Report on horse surra - Volume II, Part II
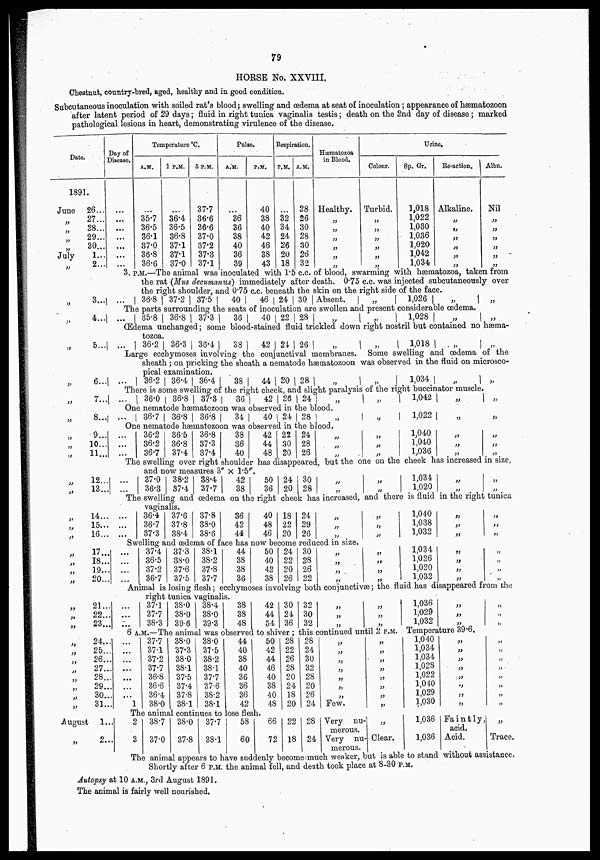
79
HORSE No. XXVIII.
Chestnut, country-bred, aged, healthy and in good condition.
Subcutaneous inoculation with soiled rat's blood; swelling and œdema at seat of inoculation ; appearance of hæmatozoon
after latent period of 29 days; fluid in right tunica vaginalis testis; death on the 2nd day of disease ; marked
pathological lesions in heart, demonstrating virulence of the disease.
Date.
1891.
June
„
„
„
„
July
„
„
„
„
„
„
„
„
„
„
„
„
„
„
„
„
„
„
„
„
„
„
„
„
„
„
„
„
August
„
26...
27...
28...
29...
30...
1...
2...
3...
4...
5...
6...
7..
8...
9...
10...
11...
12...
13...
14...
15...
16...
17...
18...
19...
20...
21...
22...
23...
24...
25...
26...
27...
28...
29...
30...
31...
1...
2...
Day of
Disease.
...
...
...
...
...
...
...
Temperature °C.
A.M.
...
35.7
36.5
36.1
37.0
36.8
36.6
1 P.M.
...
36.4
36.5
36.8
37.1
37.1
37.0
5 P.M.
37.7
36.6
36.6
37.0
37.2
37.8
37.1
Pulse.
A.M.
...
36
36
38
40
36
39
P.M.
40
38
40
42
46
38
43
Respiration.
P.M.
...
32
34
24
26
20
18
A.M.
28
26
30
28
30
26
32
Hæmatozoa
in Blood.
Healthy.
„
„
„
„
„
„
Urine.
Colour.
Turbid.
„
„
„
„
„
„
Sp. Gr.
1,018
1,022
1,030
1,036
1,020
1,042
1,034
Re-action.
Alkaline.
„
„
„
„
„
„
Albn.
Nil
„
„
„
„
„
„
3. P.M.—The animal was inoculated with 1.5 c.c. of blood, swarming with hæmatozoa, taken from
the rat (Mus decumanus) immediately after death. 0.75 c.c. was injected subcutaneously over
the right shoulder, and 0.75 c.c. beneath the skin on the right side of the face.
...
36.8 37.2 37.5
40
46 24 30 Absent.
„
1,026
„
„
The parts surrounding the seats of inoculation are swollen and present considerable œdema.
...
35.8 36.8
37.3
36
40 22 28
„
„
1,028
„
„
Œdema unchanged ; some blood.-stained. fluid trickled down right nostril but contained no hæma¬
tozoa.
...
36.2 36.3 36.4
38
42 24 26
„
„
1,018
„
„
Large ecchymoses involving the conjunctival membranes. Some swelling and œdema of the
sheath ; on pricking the sheath a nematode hæmatozoon was observed in the fluid on microsco-
pical examination.
...
36.2 36.4 36.4
38
44 20 28
„
„
1,034
„
„
There is some swelling of the right cheek, and slight paralysis of the right buccinator muscle.
...
36.0 36.8 37.3 36
42
26 24 „
„
1,042
„
„
One nematode hæmatozoon was observed in the blood.
...
36.7 36.8 36.8
34
40 24 28
One nematode hæmatozoon was observed in the blood.
...
....
...
36.2
36.2
36.7
36.5
36.8
37.4
36.8
37.3
37.4
38
36
40
42
44
48
The swelling over right shoulder has
22
30
20
24
28
26
disappeared
„
„
1,022
„
„
„
„
„
„
„
„
1,040
1,040
1,036
„
„
„
„
„
„
but the one on the cheek has increased in size,
and now measures 3" × 1.5".
...
...
37.0
36.3
38.2 | 38.4
37.4 | 37.7
42
38
50
36
24 | 30
20 | 28
„
„
„
„
1,034
1,020
„
„
„
„
The swelling and œdema on the right cheek has increased, and there is fluid in the right tunica
vaginalis.
...
...
...
36.4
36.7
37.3
37.6
37.8
384
37.8
38.0
38.6
36
42
44
40
48
46
18
22
20
24
29
26
„
„
„
„
„
„
1,040
1,038
1,032
„
„
„
„
„
„
Swelling and œdema of face has now become reduced in size.
....
...
...
...
37.4
36.5
37.2
36.7
37.8
38.0
37.6
37.5
38.1
38.2
37.8
37.7
44
38
38
36
50
40
42
38
24
22
20
26
30
28
26
22
„
„
„
„
„
„
„
1,034
1,026
1,020
1,032
„
„
„
„
„
„
„
„
Annual is losing flesh ; ecchymoses involving both conjunctivæ ; the fluid has disappeared from the
right tunica vaginalis.
...
...
...
37.1
37.7
38.3
38.0
38.0
39.6
38.4
38.0
39.3
38
38
48
42
44
54
30
24
36
32
30
32
„
„
„
„
„
„
1,030
1,029
1,032
„
„
„
„
„
„
6 A.M.—The animal was observed to shiver ; this continued until 2 P.M. Temperature 39.6.
...
...
...
...
1
37.7
37.1
37.2
37.7
36.8
36.6
36.4
38.0
38.0
37.3
38.0
38.1
37.5
37.4
37.8
38.1
38.0
37.5
38.2
38.1
37.7
37.6
38.2
38.1
The animal continues to
2
3
38.7
37.0
38.0
37.8
37.7
38.1
44
40
38
40
36
36
36
42
50
42
44
46
40
38
40
48
28
22
26
28
20
24
18
20
28
24
30
32
28
20
26
24
„
„
„
„
„
„
„
Few.
„
„
„
„
„
„
„
„
1,040
1,034
1,034
1,028
1,022
1,040
1,029
1,030
„
„
„
„
„
„
„
„
„
„
„
„
„
„
„
„
lose flesh.
58
60
66
72
22
18
28
24
Very nu¬
merous.
„
Very nu¬ | Clear.
merous.
1,036
1,036
Faintly
acid.
Acid.
„
Trace.
The animal appears to have suddenly become much weaker, but is able to stand without assistance.
Shortly after 6 P.M. the animal fell, and death took place at 8-30 P.M.
Autopsy at 10 A.M., 3rd August 1891.
The animal is fairly well nourished.